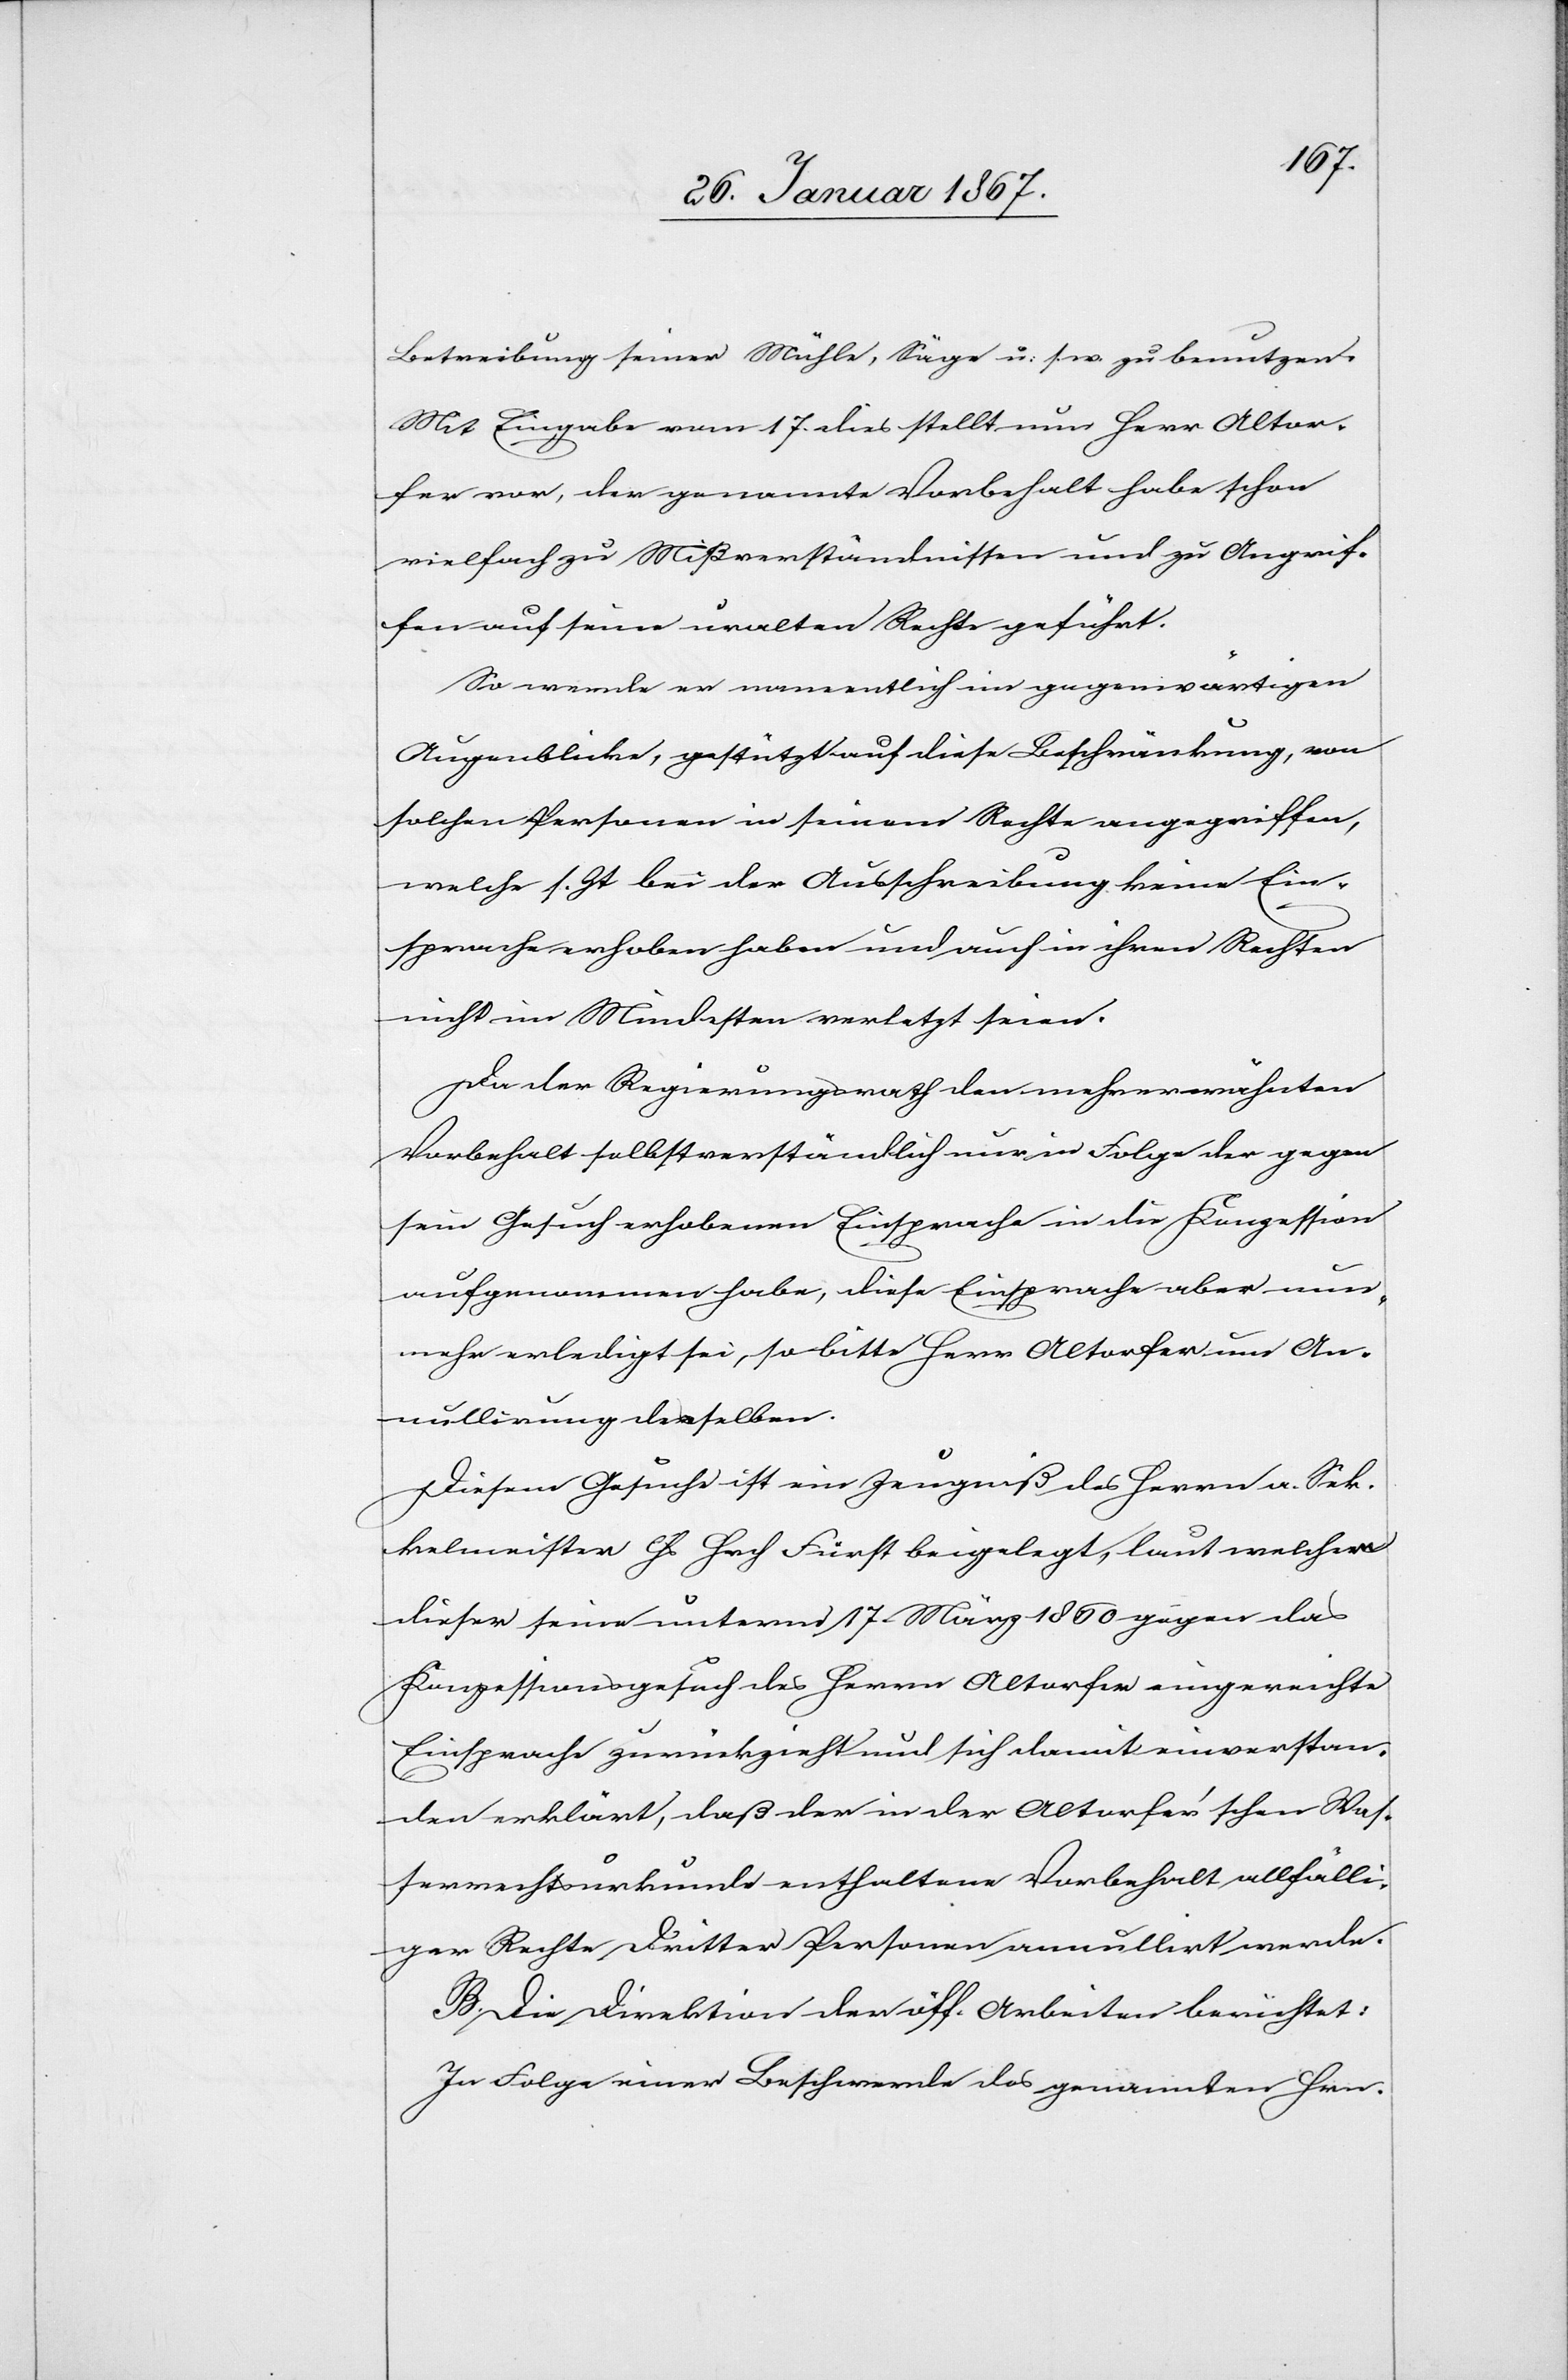
Betreibung seiner Mühle, Säge u. s. w. zu benutzen.
Mit Eingabe vom 17. dies stellt nun Herr Altor¬
fer vor, der genannte Vorbehalt habe schon
vielfach zu Missverständnissen und zu Angrif¬
fen auf seine uralten Rechte geführt.
So werde er namentlich im gegenwärtigen
Augenblicke, gestützt auf diese Beschränkung, von
solchen Personen in seinem Rechte angegriffen,
welche s. Zt bei der Ausschreibung keine Ein¬
sprache erhoben haben und auch in ihren Rechten
nicht im Mindesten verletzt seien.
Da der Regierungsrath den mehr erwähnten
Vorbehalt selbstverständlich nur in Folge der gegen
sein Gesuch erhobenen Einsprache in die Konzession
aufgenommen habe, diese Einsprache aber nun
mehr erledigt sei, so bitte Herr Altorfer um An¬
nullirung derselben.
Diesem Gesuch ist ein Zeugniß des Herrn a. Sec¬
kelmeister G Hech Fürst beigelegt, laut welchem
dieser seine unterm 17. März 1860 gegen das
Konzessionsgesuch des Herrn Altorfer eingereichte
Einsprache zurückzieht und sich damit einverstan¬
den erklärt, daß der in der Altorfer’schen Was¬
serrechtsurkunde enthaltene Vorbehalt allfälli¬
ger Rechte Dritter Parteien annullirt werde.
B. Die Direktion der öff. Arbeiten berichtet:
In Folge einer Beschwerde des genannten Hrn.